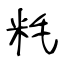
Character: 粍